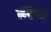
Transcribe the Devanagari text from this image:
म्हनुनही